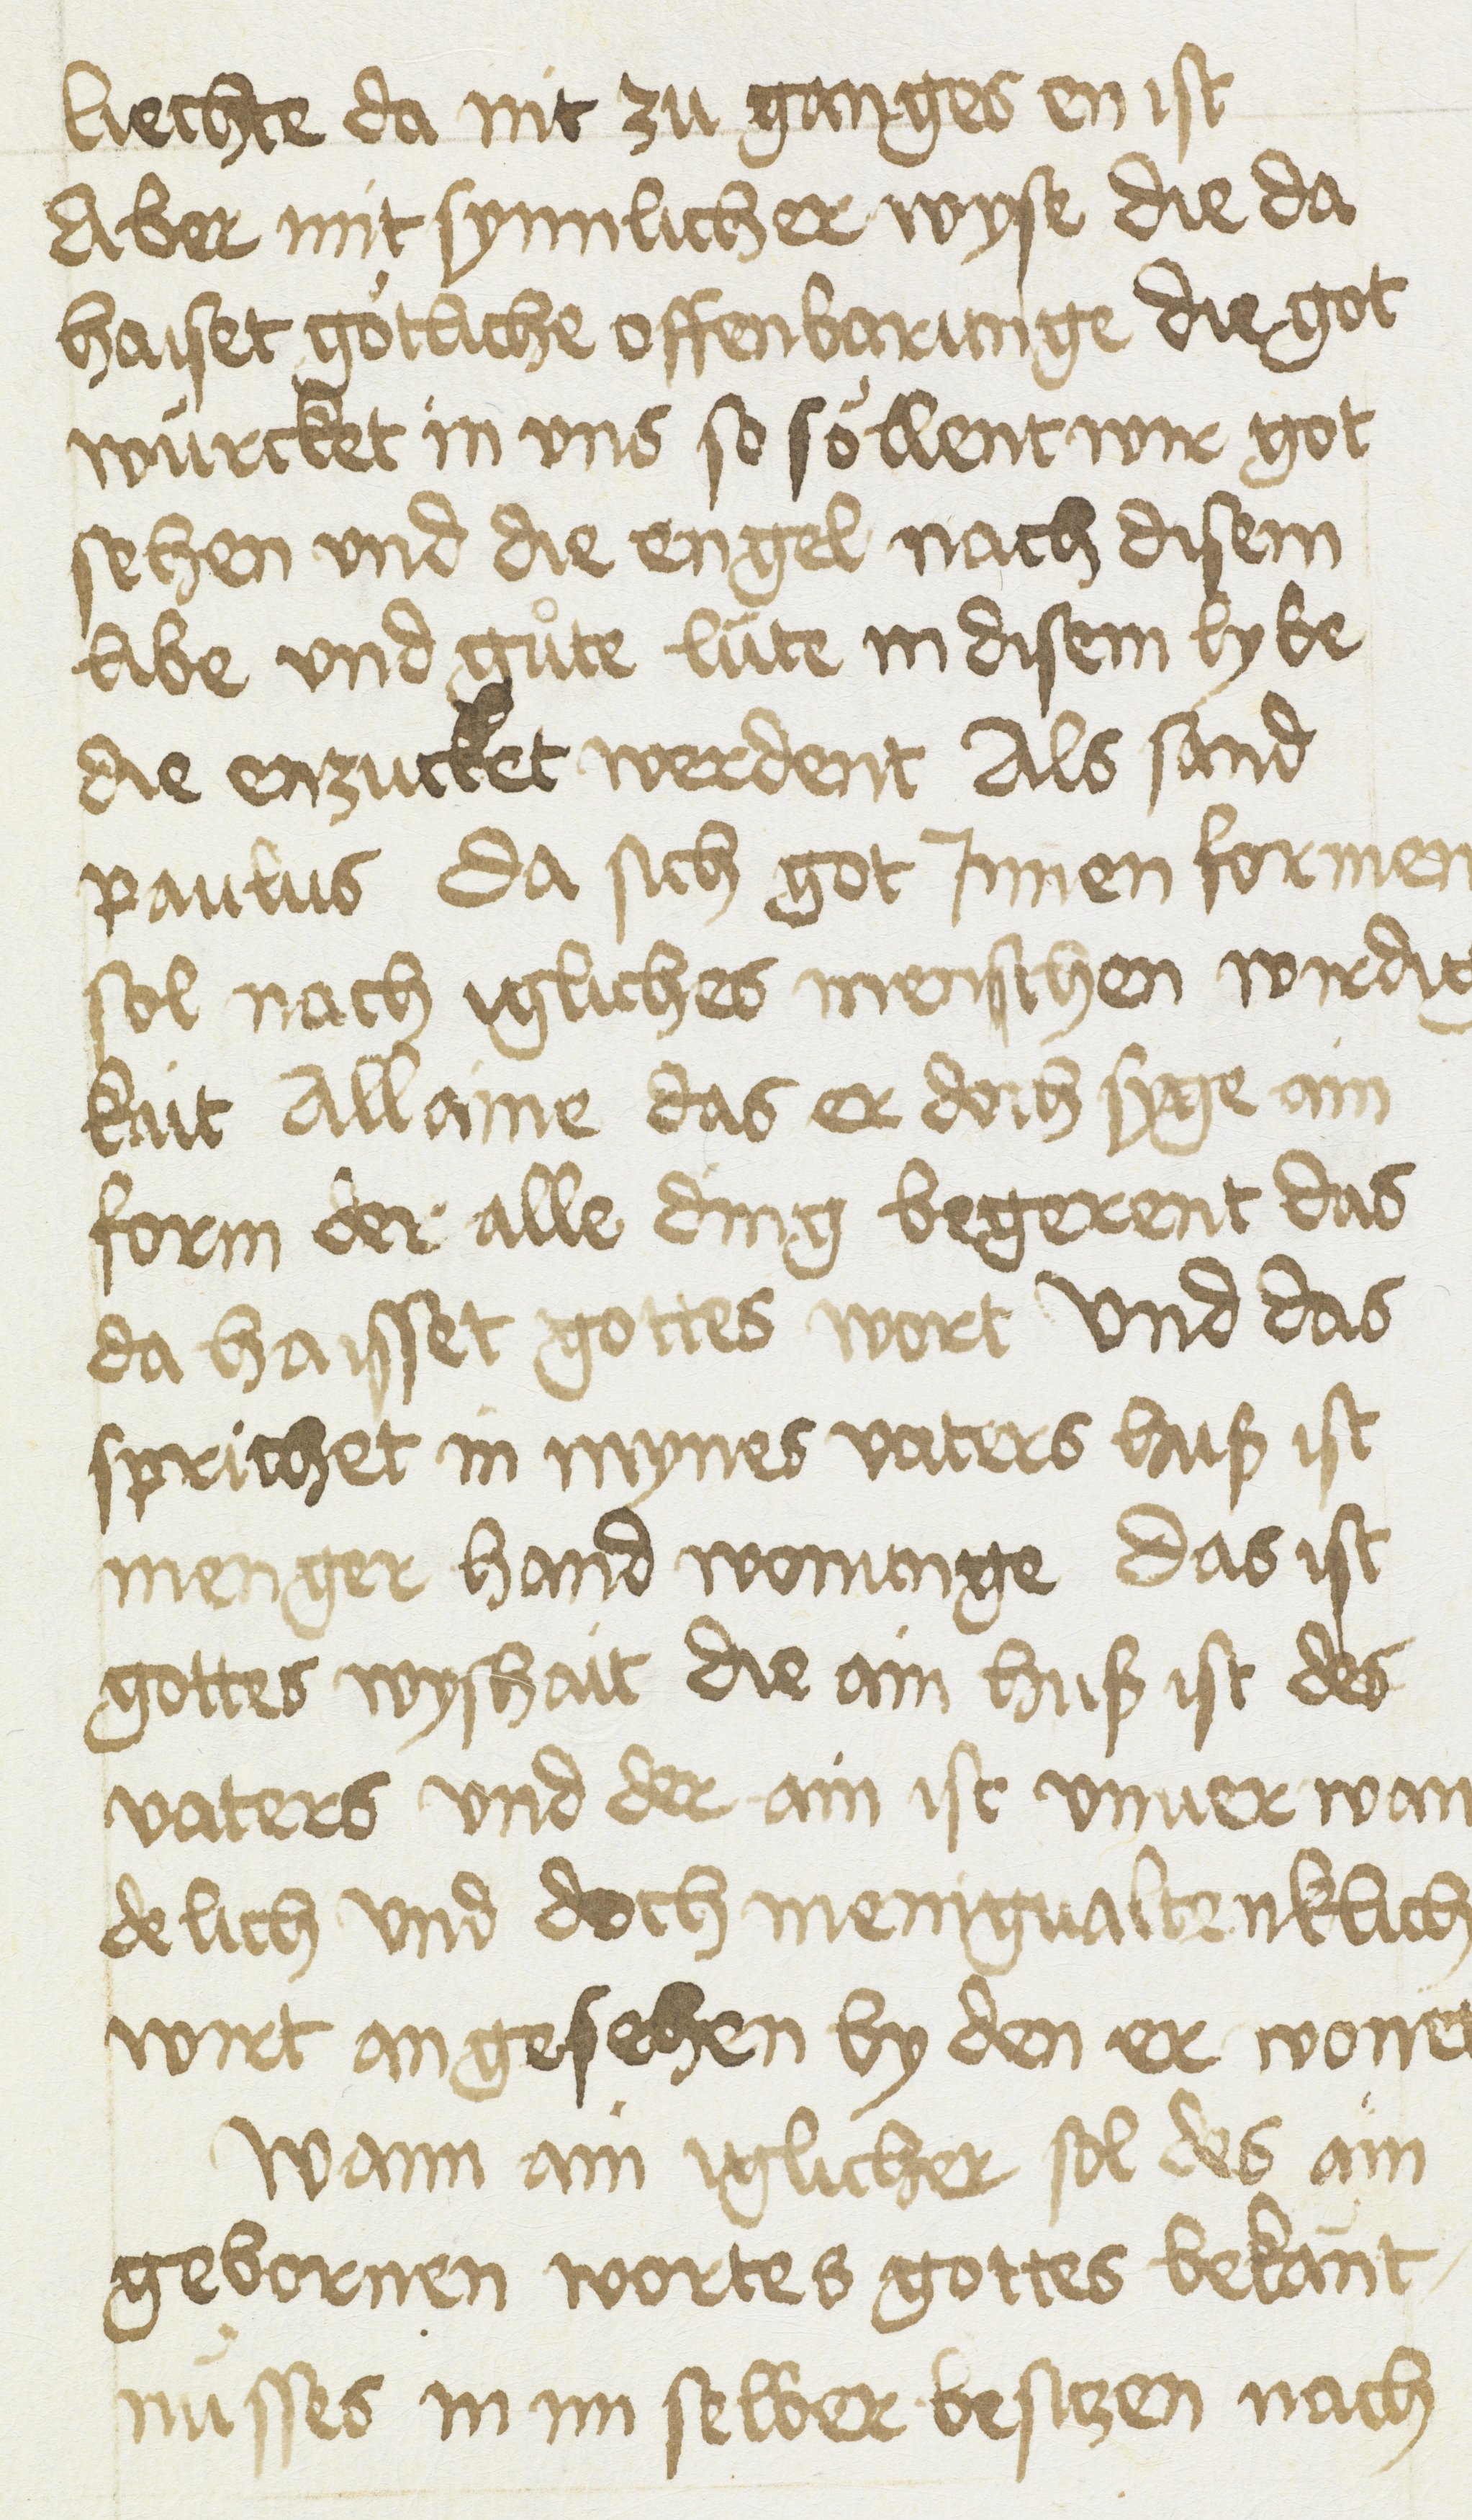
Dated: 1400–1499